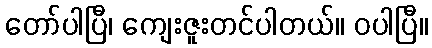
တော်ပါပြီ၊ ကျေးဇူးတင်ပါတယ်။ ဝပါပြီ။